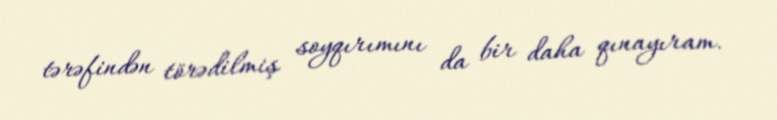
tərəfindən törədilmiş soyqırımını da bir daha qınayıram.